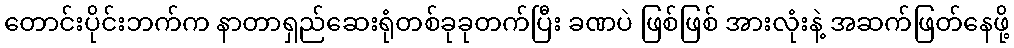
တောင်းပိုင်းဘက်က နာတာရှည်ဆေးရုံတစ်ခုခုတက်ပြီး ခဏပဲ ဖြစ်ဖြစ် အားလုံးနဲ့ အဆက်ဖြတ်နေဖို့